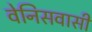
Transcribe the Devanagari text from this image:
वेनिसवासी